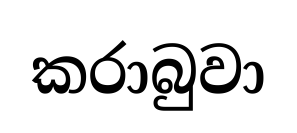
කරාබුවා